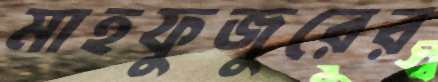
মাহফুজুরের